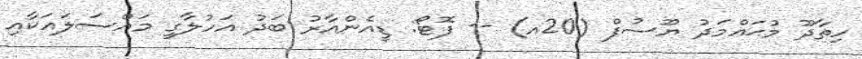
ހިތާދޫ މުޙައްމަދު ޔޫސުފް (20އ) -- ފޮޓޯ: ޑީއެންއާރު ބަދު އަހުލާގީ މައްސަލައަކާއި